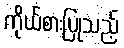
ကိုယ်စားပြုသည့်